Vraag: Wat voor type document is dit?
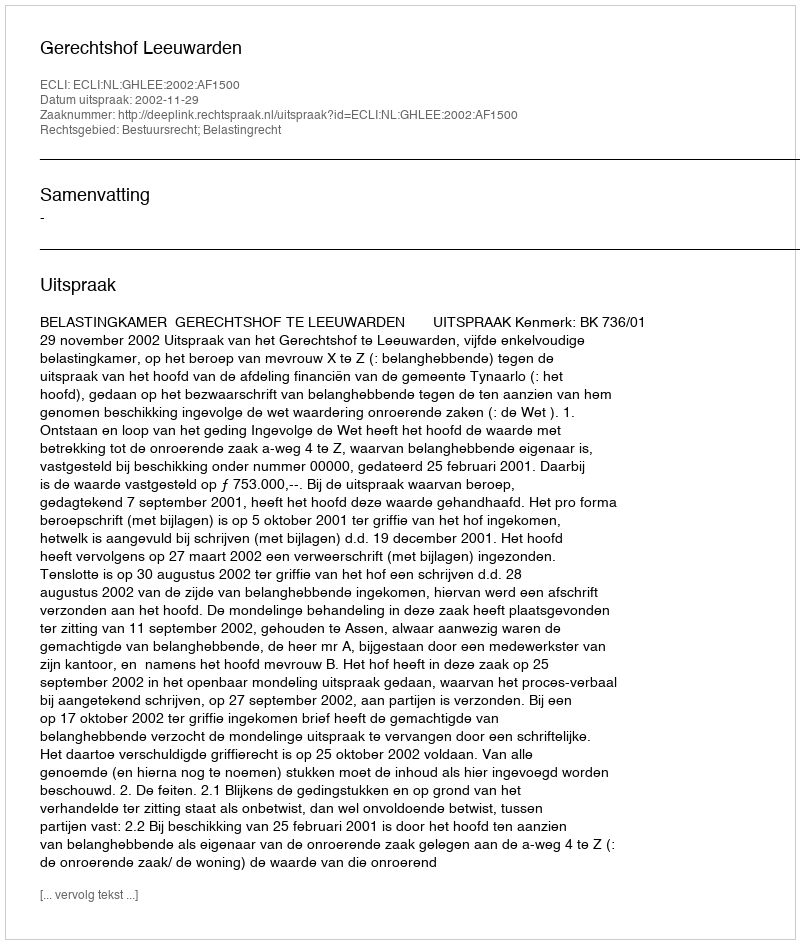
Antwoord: Uitspraak